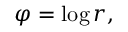
\varphi = \log r ,